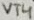
Text: VT4